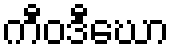
ကီဝဒီဃော